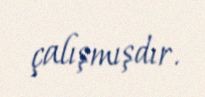
çalışmışdır.